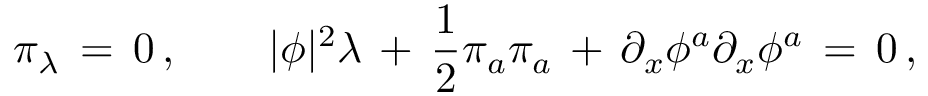
\pi _ { \lambda } \, = \, 0 \, , \qquad | \phi | ^ { 2 } \lambda \, + \, { \frac { 1 } { 2 } } \pi _ { a } \pi _ { a } \, + \, \partial _ { x } \phi ^ { a } \partial _ { x } \phi ^ { a } \, = \, 0 \, ,